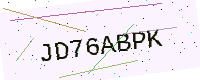
Text: JD76ABPK